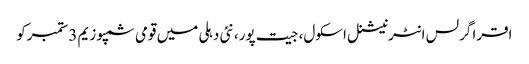
اقرا گرلس انٹرنیشنل اسکول، جیت پور، نئی دہلی میں قومی سمپوزیم 3ستمبرکو